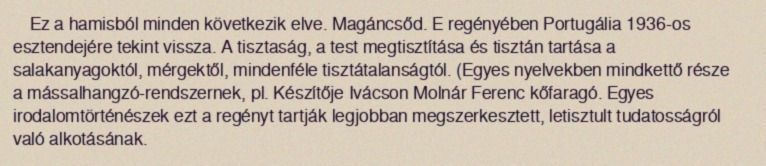
Ez a hamisból minden következik elve. Magáncsőd. E regényében Portugália 1936-os esztendejére tekint vissza. A tisztaság, a test megtisztítása és tisztán tartása a salakanyagoktól, mérgektől, mindenféle tisztátalanságtól. (Egyes nyelvekben mindkettő része a mássalhangzó-rendszernek, pl. Készítője Ivácson Molnár Ferenc kőfaragó. Egyes irodalomtörténészek ezt a regényt tartják legjobban megszerkesztett, letisztult tudatosságról való alkotásának.